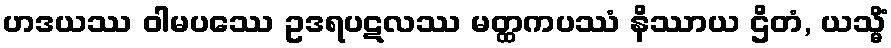
ဟဒယဿ ဝါမပဿေ ဥဒရပဋလဿ မတ္ထကပဿံ နိဿာယ ဌိတံ, ယသ္မိံ